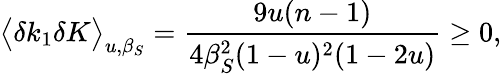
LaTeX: \big<\delta k_{1}\delta K\big>_{u,\beta_{S}}=\frac{9u(n-1)}{4\beta_{S}^{2}(1-u)^{2}(1-2u)}\geq 0,